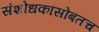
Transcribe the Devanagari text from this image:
संशोधकांसोबतच